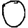
Digit: 0